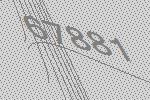
67881